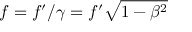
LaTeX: f = f ^ { \prime } / \gamma = f ^ { \prime } { \sqrt { 1 - \beta ^ { 2 } } }